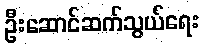
ဦးဆောင်ဆက်သွယ်ရေး